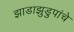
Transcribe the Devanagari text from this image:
झाडाझुडुपांचे